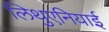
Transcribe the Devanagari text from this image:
लिथुएनियाई